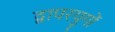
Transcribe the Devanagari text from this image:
द्वापरयुगों